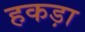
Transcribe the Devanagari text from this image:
हकड़ा